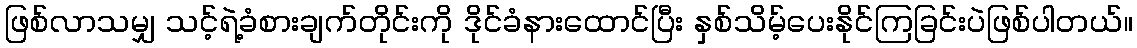
ဖြစ်လာသမျှ သင့်ရဲ့ခံစားချက်တိုင်းကို ဒိုင်ခံနားထောင်ပြီး နှစ်သိမ့်ပေးနိုင်ကြခြင်းပဲဖြစ်ပါတယ်။